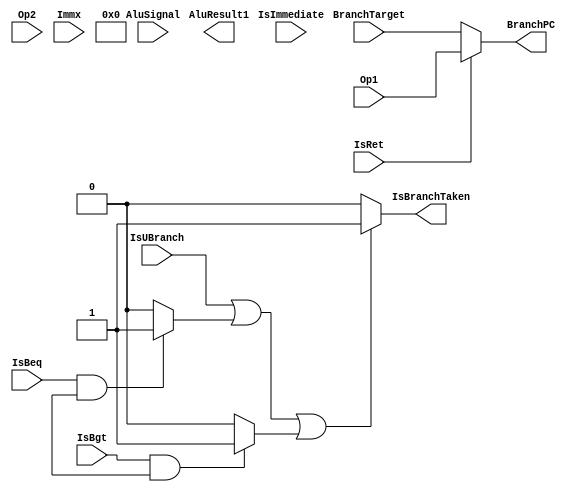
module EX(
          input IsRet,
          input IsBeq,
          input IsBgt,
          input IsUBranch,
          input IsImmediate,
          input [31:0] BranchTarget,
          input [4:0] AluSignal,
          input [31:0] Op1,
          input [31:0] Op2,
          input [31:0] Immx,
          output [31:0] AluResult1,
          output [31:0] BranchPC,
          output IsBranchTaken
          );
         
wire IsRet,IsBeq,IsBgt,IsUBranch,IsImmediate;
wire [4:0] AluSignal;
wire [31:0] Op1,Op2,Immx,BranchTarget;
reg [31:0] AluResult1,BranchPC;
reg IsBranchTaken;
reg w1,w2;
//--------------------------------------------



           always @(*)
           begin
          
           if ( IsRet == 1)
           begin
           BranchPC = Op1;
           end
           else 
           begin
           BranchPC = BranchTarget;
           end
           
           if (IsBeq == 1 && P.Flags[0] == 1)
           begin
           w1 = 1;
           end
           else 
           begin
           w1=0;
           end
           
           if (IsBgt == 1 && P.Flags[1] == 1)
           begin
           w2 = 1 ;
           end
           else
           begin
           w2=0;
           end
           if (IsUBranch == 1 || w1 == 1 || w2 == 1 )
           begin
           
           IsBranchTaken = 1;
           end
           else
           begin
           IsBranchTaken = 0;
           end
 //--------------------------------------------- 
           P.A = Op1;
           if ( IsImmediate == 1)
           begin
           P.B = Immx;
           end
           else if (IsImmediate == 0)
           begin
           P.B = Op2;
           end
           
         AluResult1= P.ALU1.AluResult;
         end
         endmodule